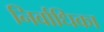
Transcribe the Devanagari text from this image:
निर्वाधिका